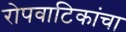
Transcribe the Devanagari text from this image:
रोपवाटिकांचा